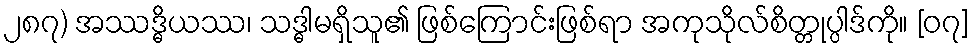
၂၈၇) အဿဒ္ဓိယဿ၊ သဒ္ဓါမရှိသူ၏ ဖြစ်ကြောင်းဖြစ်ရာ အကုသိုလ်စိတ္တုပ္ပါဒ်ကို။ [၀၇]